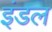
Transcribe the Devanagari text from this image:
इंडल